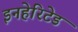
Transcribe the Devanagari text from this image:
इनहेरिटेड